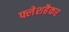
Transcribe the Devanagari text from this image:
फ्लेशहैकर